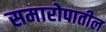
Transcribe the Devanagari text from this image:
समारोपातील